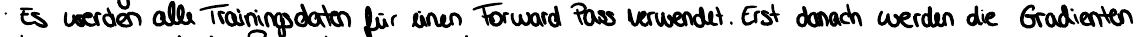
Es werden alle Trainingsdaten für einen Forward Pass verwendet. Erst danach werden die Gradienten